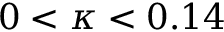
0 < \kappa < 0 . 1 4